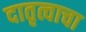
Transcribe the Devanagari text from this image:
दातृत्वाचा